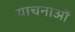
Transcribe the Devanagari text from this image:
याचनाओं